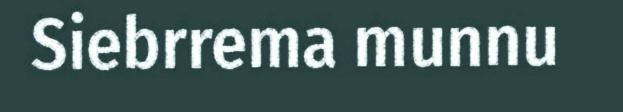
Siebrrema munnu